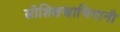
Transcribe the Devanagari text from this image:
स्त्रीशिक्षणाभिमानी